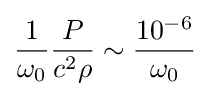
{\frac {1}{\omega _{0}}}{\frac {P}{c^{2}\rho }}\sim {\frac {10^{-6}}{\omega _{0}}}